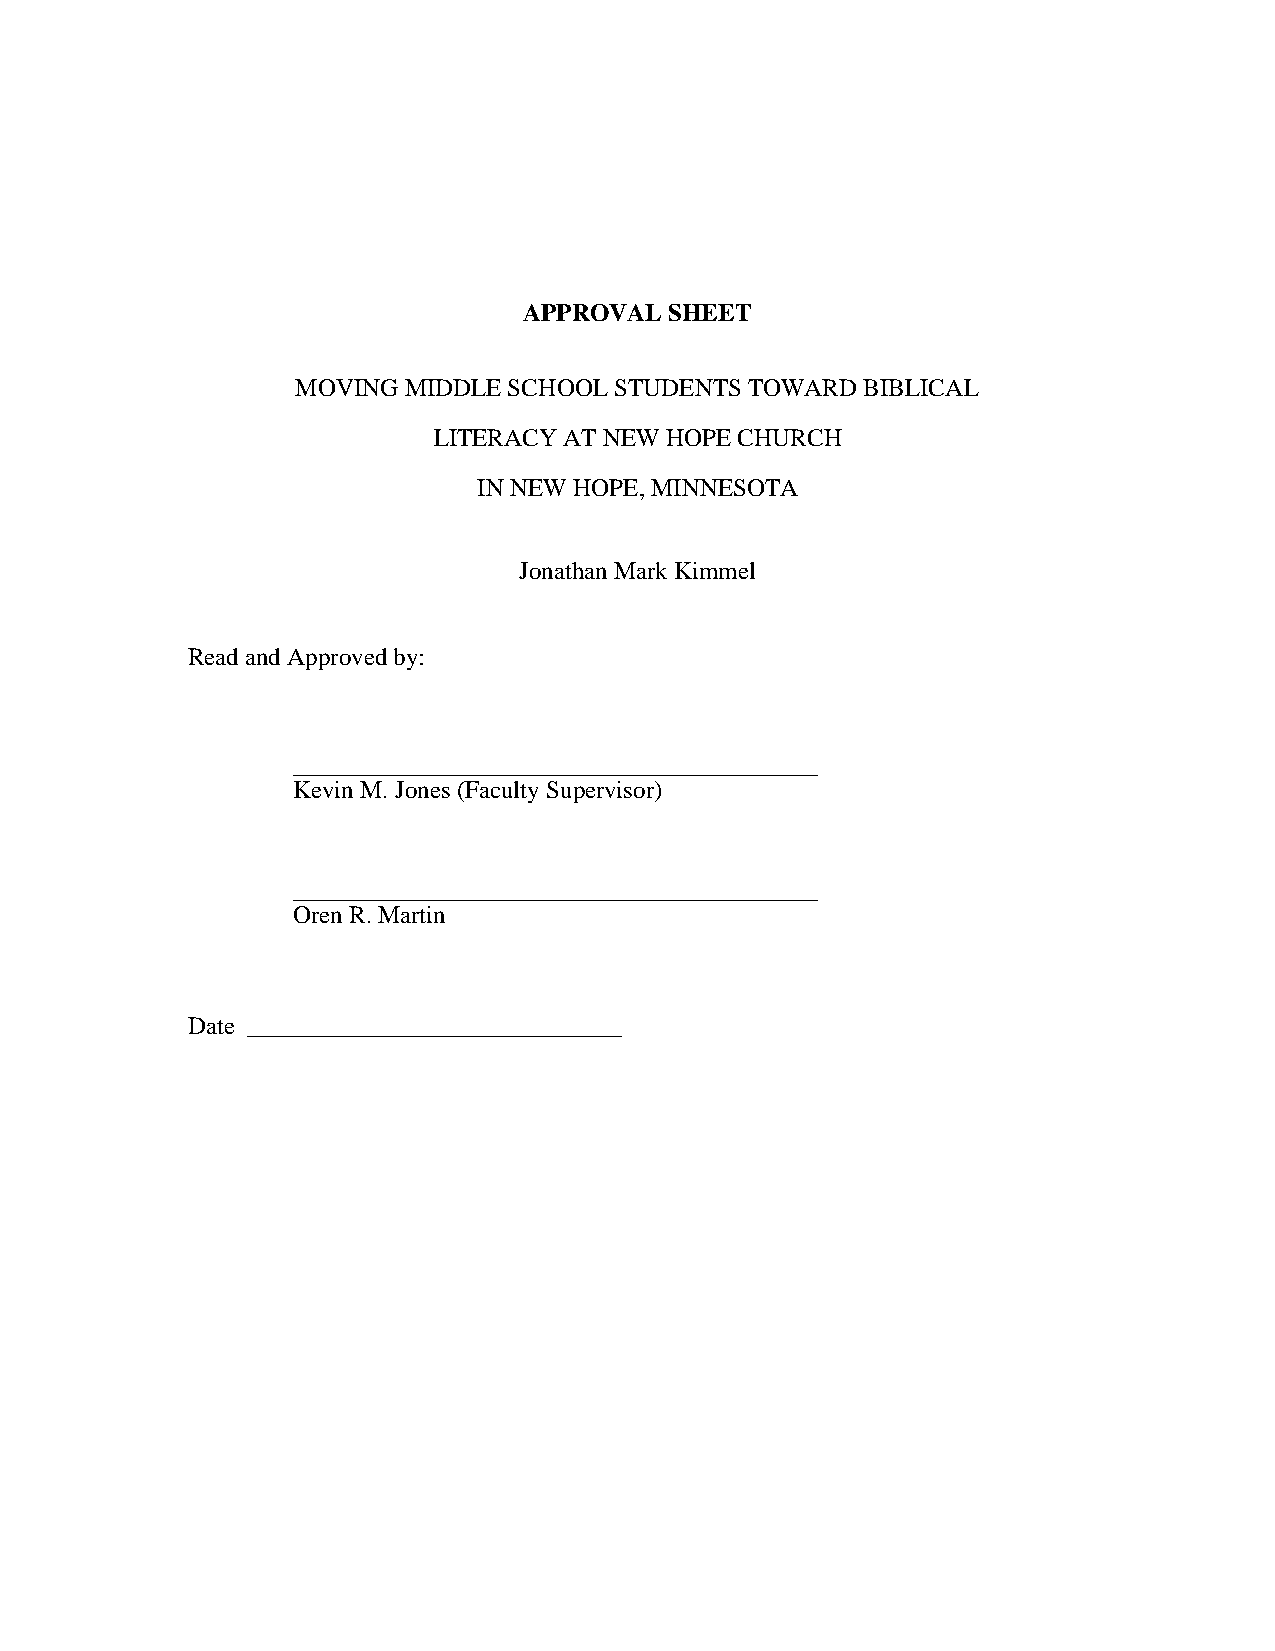
APPROVAL SHEET
 MOVING MIDDLE SCHOOL STUDENTS TOWARD BIBLICAL
 LITERACY AT NEW HOPE CHURCH
 IN NEW HOPE, MINNESOTA
 Jonathan Mark Kimmel
 Read and Approved by:
 __________________________________________
 Kevin M. Jones (Faculty Supervisor)
 __________________________________________
 Oren R. Martin
 Date ______________________________